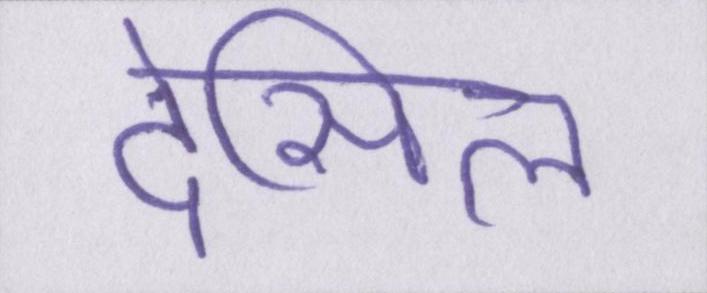
देसिल